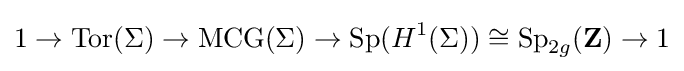
1\to \operatorname {Tor} (\Sigma )\to \operatorname {MCG} (\Sigma )\to \operatorname {Sp} (H^{1}(\Sigma ))\cong \operatorname {Sp} _{2g}(\mathbf {Z} )\to 1